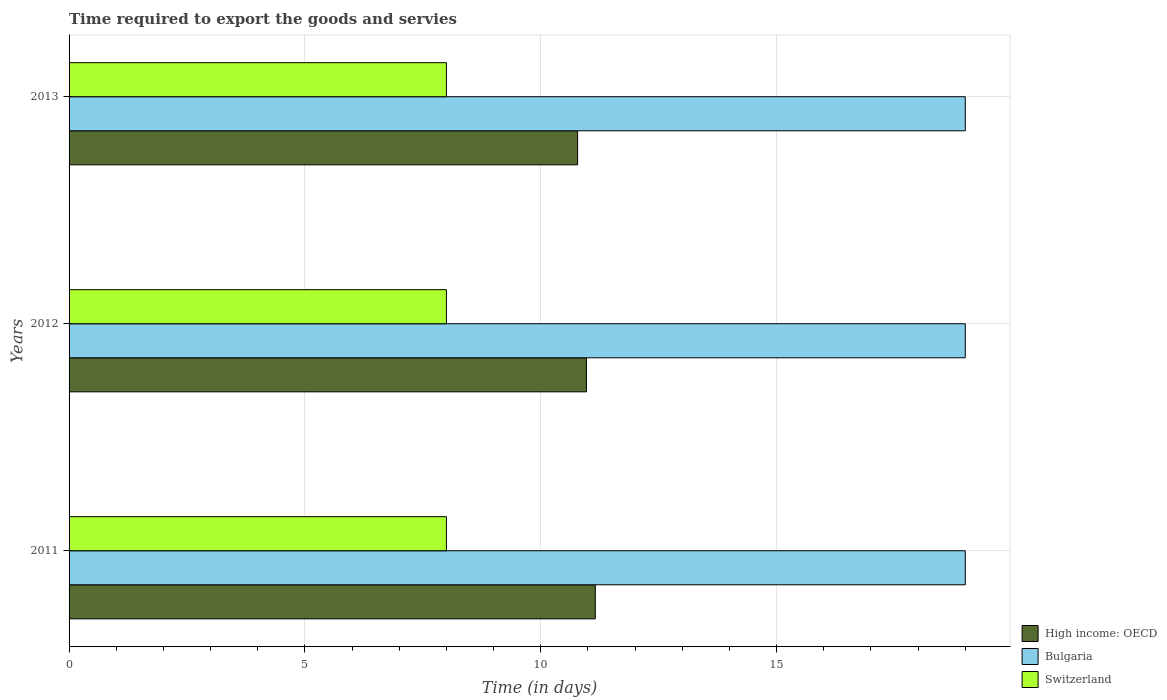
| Years | High income: OECD | Bulgaria | Switzerland |
 | --- | --- | --- | --- |
 | 2011 | 11.2 | 19 | 8 |
 | 2012 | 11 | 19 | 8 |
 | 2013 | 10.8 | 19 | 8 |